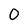
Character: 0